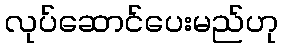
လုပ်ဆောင်ပေးမည်ဟု